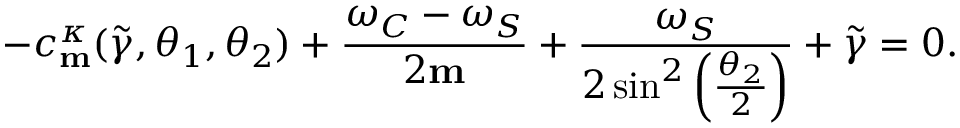
- c _ { \mathbf { m } } ^ { \kappa } ( \widetilde { \gamma } , \theta _ { 1 } , \theta _ { 2 } ) + \frac { \omega _ { C } - \omega _ { S } } { 2 \mathbf { m } } + \frac { \omega _ { S } } { 2 \sin ^ { 2 } \left( \frac { \theta _ { 2 } } { 2 } \right) } + \widetilde { \gamma } = 0 .